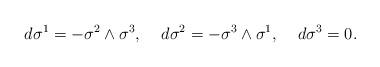
LaTeX: \begin{align*}d\sigma^1=-\sigma^2\wedge \sigma^3,\;\;\;\;d\sigma^2=-\sigma^3\wedge \sigma^1,\;\;\;\; d\sigma^3=0. \end{align*}